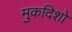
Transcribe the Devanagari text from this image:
मुकदिशो